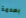
بصدمة